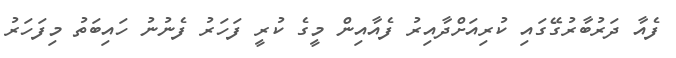
ފެއާ ދަރުބާރުގޭގައި ކުރިއަށްދާއިރު ފެއާއިން މީގެ ކުރީ ފަހަރު ފެނުނު ހައިބަތު މިފަހަރު